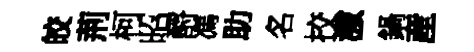
皎荊柯昭酹馮助名挍激鍋産